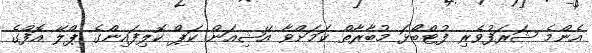
އެންމެ ޝަރަފުވެރި ފުޓްބޯޅަ މުބާރާތް ކަމަށްވާ އޭޝިއަން ކަޕް ކޮލިފައިންގެ ޕްލޭ އޮފްގެ